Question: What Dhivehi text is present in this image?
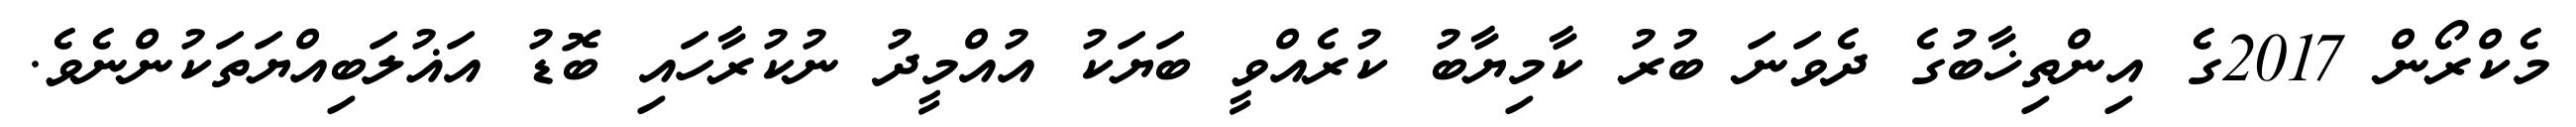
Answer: މެކްރޯން 2017ގެ އިންތިޚާބުގެ ދެވަނަ ބުރު ކާމިޔާބު ކުރެއްވީ ބަޔަކު އުއްމީދު ނުކުރާހައި ބޮޑު އަޣުލަބިއްޔަތަކުންނެވެ.